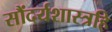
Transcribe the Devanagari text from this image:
सौंदर्यशास्त्रहि